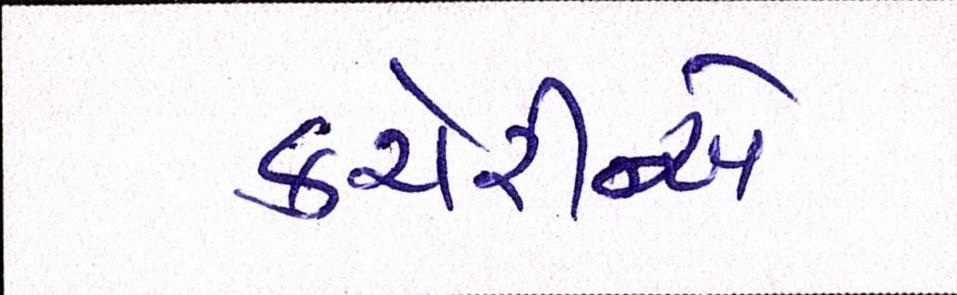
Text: કચેરીએ